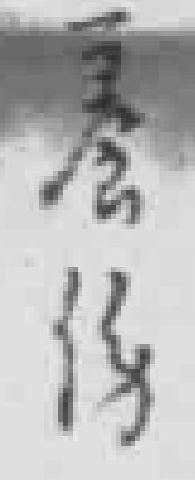
養傷